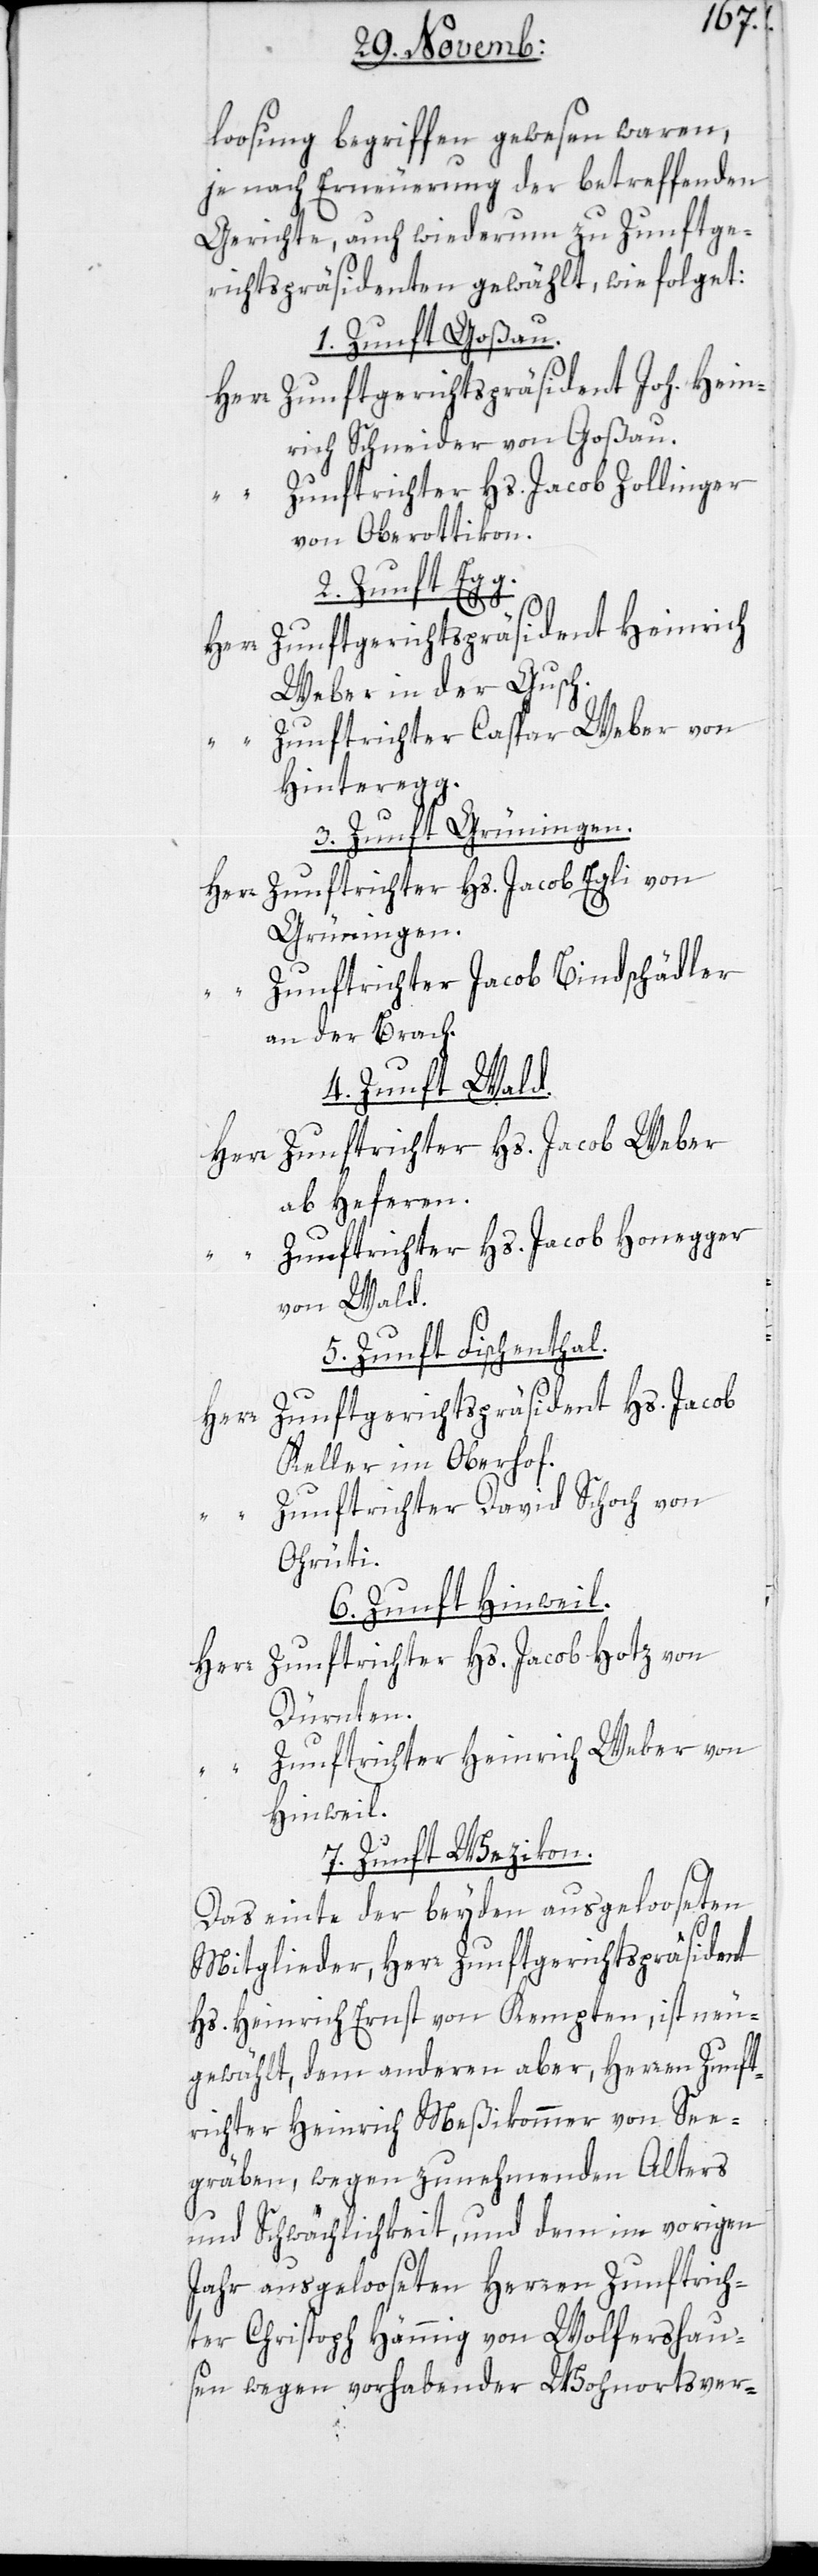
loosung begriffen gewesen waren,
je nach Erneuerung der betreffenden
Gerichte, auch wiederum zu Zunftge¬
richts-Präsidenten gewählt, wie folget:
1. Zunft Goßau.
Herr Zunftgerichtspräsident Joh. Hein¬
rich Schneider von Goßau.
Zunftrichter Hs. Jacob Zollinger
von Oberottikon.
2. Zunft Egg.
Zunftgerichtspräsident Heinrich
Weber in der Gusch.
Zunftrichter Caspar Weber von
Hinteregg.
3. Zunft Grüningen.
Zunftrichter Hs. Jacob Egli von
Herr
Grüningen.
“ Zunftrichter Jacob Bindschädler
an der Brach.
4. Zunft Wald.
Herr Zunftrichter Hs. Jacob Weber
ab Heferen.
“ Zunftrichter Hs. Jacob Honegger
von Wald.
5. Zunft Fischenthal.
Zunftgerichtspräsident Hs. Jacob
Keller im Oberhof.
Zunftrichter David Schoch von
Ohrüti.
6. Zunft Hinweil.
Herr Zunftrichter Hs. Jacob Hotz von
Dürnten.
Zunftrichter Heinrich Weber von
Hinweil.
7. Zunft Wezikon.
Das einte der beyden ausgelooseten
Mitglieder, Herr Zunftgerichtspräsident
Hs. Heinrich Ernst von Kempten, ist neu¬
gewählt, dem anderen aber, Herren Zunft¬
richter Heinrich Meßikommer von See¬
gräben, wegen zunehmenden Alters
und Schwächlichkeit, und dem im vorigen
Jahr ausgelooseten Herren Zunftrich¬
ter Christoph Hämmig von Wolfershau¬
sen wegen vorhabender Wohnortsver-